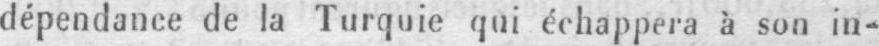
dépendance de la Turquie qui échappera à son in-